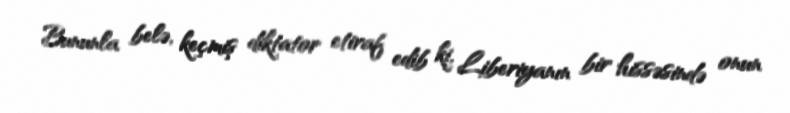
Bununla belə, keçmiş diktator etiraf edib ki, Liberiyanın bir hissəsində onun